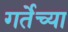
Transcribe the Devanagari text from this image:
गर्तेच्या